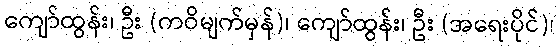
ကျော်ထွန်း၊ ဦး (ကဝိမျက်မှန်)၊ ကျော်ထွန်း၊ ဦး (အရေးပိုင်)၊